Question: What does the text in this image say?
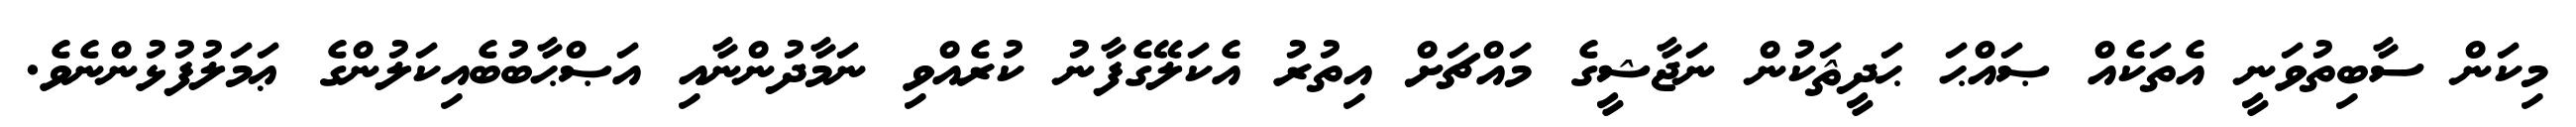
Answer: މިކަން ސާބިތުވަނީ އެތަކެއް ޞައްޙަ ޙަދީޘަކުން ނަޖާޝީގެ މައްޗަށް އިތުރު އެކަލޭގެފާނު ކުރެއްވި ނަމާދުންނާއި އަޞްޙާބުބެއިކަލުންގެ ޢަމަލުފުޅުންނެވެ.